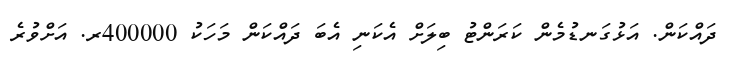
ދައްކަން. އަޅުގަނޑުމެން ކަރަންޓު ބިލަށް އެކަނި އެބަ ދައްކަން މަހަކު 400000ރ. އަށްވުރެ